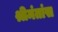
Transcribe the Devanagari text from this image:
श्रीमंतांस